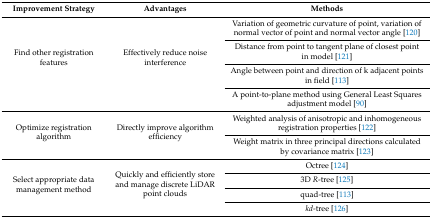
| Improvement Strategy | Advantages | Methods |
 | --- | --- | --- |
 | <ROWSPAN=4> Find other registration features | <ROWSPAN=4> Effectively reduce noise interference | Variation of geometric curvature of point, variation of normal vector of point and normal vector angle [120] |
 | Distance from point to tangent plane of closest point in model [121] |
 | Angle between point and direction of k adjacent points in field [113] |
 | A point-to-plane method using General Least Squares adjustment model [90] |
 | <ROWSPAN=2> Optimize registration algorithm | <ROWSPAN=2> Directly improve algorithm efficiency | Weighted analysis of anisotropic and inhomogeneous registration properties [122] |
 | Weight matrix in three principal directions calculated by covariance matrix [123] |
 | <ROWSPAN=4> Select appropriate data management method | <ROWSPAN=4> Quickly and efficiently store and manage discrete LiDAR point clouds | Octree [124] |
 | 3D R-tree [125] |
 | quad-tree [113] |
 | kd-tree [126] |